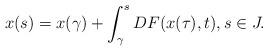
LaTeX: \begin{align*}x(s)=x(\gamma)+\int_{\gamma}^{s}DF(x(\tau),t), s\in J. \end{align*}